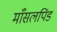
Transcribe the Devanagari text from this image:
माँसलपिंड